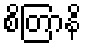
စိတြာနိ